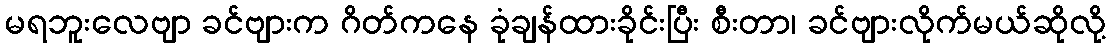
မရဘူးလေဗျာ ခင်ဗျားက ဂိတ်ကနေ ခုံချန်ထားခိုင်းပြီး စီးတာ၊ ခင်ဗျားလိုက်မယ်ဆိုလို့